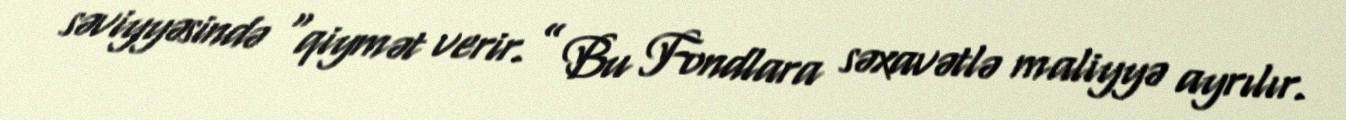
səviyyəsində “qiymət verir.” Bu Fondlara səxavətlə maliyyə ayrılır.